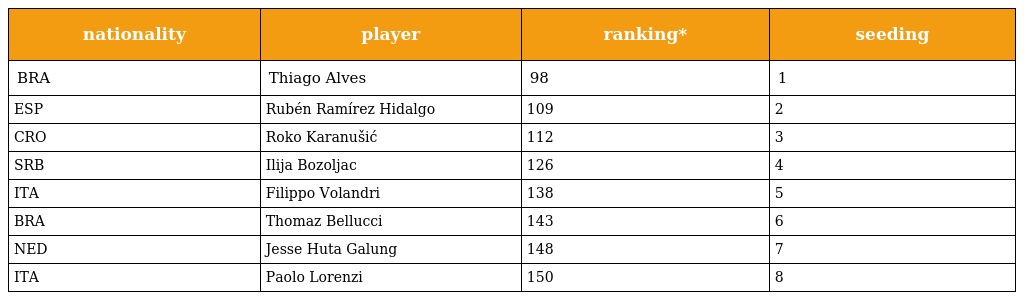
| nationality | player | ranking* | seeding |
 | --- | --- | --- | --- |
 | BRA | Thiago Alves | 98 | 1 |
 | ESP | Rubén Ramírez Hidalgo | 109 | 2 |
 | CRO | Roko Karanušić | 112 | 3 |
 | SRB | Ilija Bozoljac | 126 | 4 |
 | ITA | Filippo Volandri | 138 | 5 |
 | BRA | Thomaz Bellucci | 143 | 6 |
 | NED | Jesse Huta Galung | 148 | 7 |
 | ITA | Paolo Lorenzi | 150 | 8 |